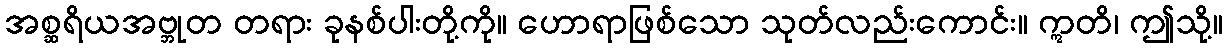
အစ္ဆရိယအဗ္ဘုတ တရား ခုနစ်ပါးတို့ကို။ ဟောရာဖြစ်သော သုတ်လည်းကောင်း။ ဣတိ၊ ဤသို့။